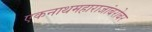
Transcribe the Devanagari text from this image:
एकनाथमहाराजांबरोबर